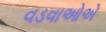
વડવાઓએ